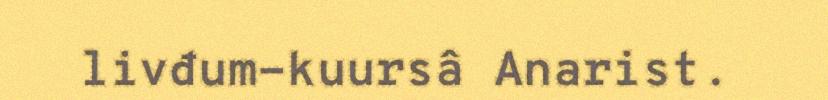
livđum-kuursâ Anarist.